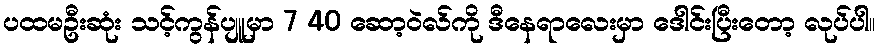
ပထမဦးဆုံး သင့်ကွန်ပျူမှာ 7 40 ဆော့ဝဲလ်ကို ဒီနေရာလေးမှာ ဒေါင်းပြီးတော့ လုပ်ပါ။